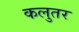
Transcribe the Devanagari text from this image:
कलुतर